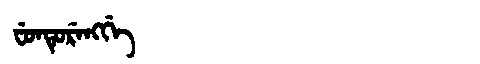
Manchu: ᠸᡠᠨᡨᡠᡵᡝᠩᡤᡝ
Romanization: FUNTURENGGE